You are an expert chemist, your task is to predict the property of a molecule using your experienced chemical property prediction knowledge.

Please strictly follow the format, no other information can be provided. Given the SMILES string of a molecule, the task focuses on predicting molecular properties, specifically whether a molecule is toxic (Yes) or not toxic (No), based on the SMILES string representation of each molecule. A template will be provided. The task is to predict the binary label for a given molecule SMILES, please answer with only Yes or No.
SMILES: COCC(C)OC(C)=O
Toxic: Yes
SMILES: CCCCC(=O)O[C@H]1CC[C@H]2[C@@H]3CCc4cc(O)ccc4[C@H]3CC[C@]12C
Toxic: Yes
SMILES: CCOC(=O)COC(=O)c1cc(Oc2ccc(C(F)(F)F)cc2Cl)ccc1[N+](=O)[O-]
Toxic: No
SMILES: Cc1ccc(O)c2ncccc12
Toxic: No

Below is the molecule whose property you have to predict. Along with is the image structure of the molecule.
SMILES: CC(C)OC(=O)c1cc(C(=O)OC(C)C)cc([N+](=O)[O-])c1
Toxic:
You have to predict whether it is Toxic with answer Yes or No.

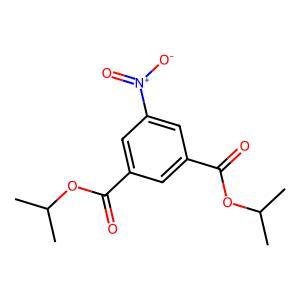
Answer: No